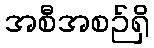
အစီအစဉ်ရှိ